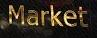
market